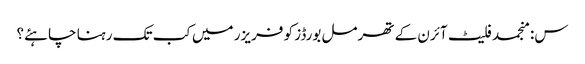
س: منجمد فلیٹ آئرن کے تھرمل بورڈز کو فریزر میں کب تک رہنا چاہئے؟